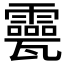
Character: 𤮮